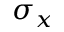
\sigma _ { x }